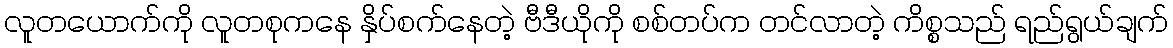
လူတယောက်ကို လူတစုကနေ နှိပ်စက်နေတဲ့ ဗီဒီယိုကို စစ်တပ်က တင်လာတဲ့ ကိစ္စသည် ရည်ရွယ်ချက်